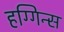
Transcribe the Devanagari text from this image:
हग्गिन्स